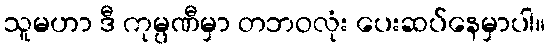
သူမဟာ ဒီ ကုမ္ပဏီမှာ တဘဝလုံး ပေးဆပ်နေမှာပါ။